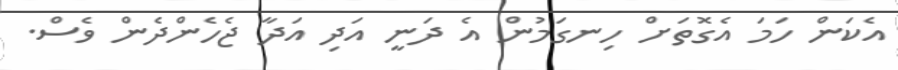
އެކަން ހަމަ އެގޮތަށް ހިނގަމުން އެ ދަނީ އަދި އަދާ ޖެހެންދެން ވެސް.